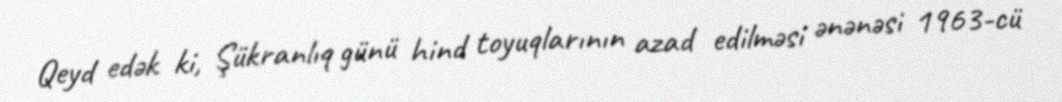
Qeyd edək ki, Şükranlıq günü hind toyuqlarının azad edilməsi ənənəsi 1963-cü